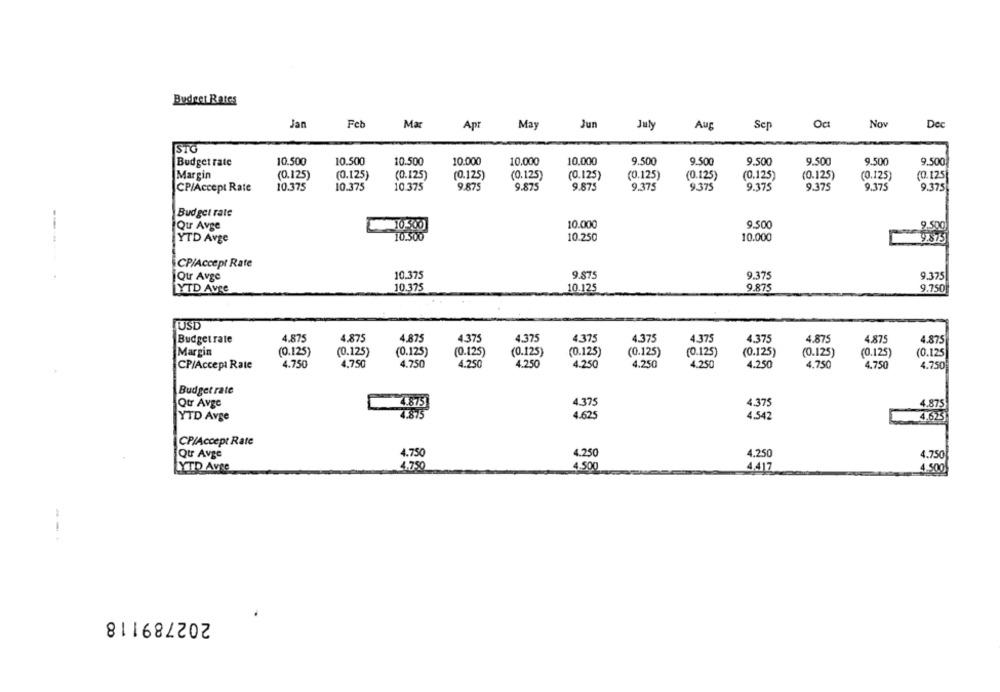
Budget Rates
Jan
Feb
Mar
May
Jun
July
NO
De
Apr
Aug
Sep
STO
Budget rate
10.500
10.500
10.500
10.000
10.000
10.000
9.500
9.500
9.500
9.500
9.500
9.500
Margin
(0.125)
(0.125)
(0.125)
(0.125)
(0.125)
(0.125)
(0.125)
(0.125)
(0.125)
(0.125)
(0.125)
(0.125]
10.375
10.375
10.375
9.875
9.875
9.875
9.375
9.375
9.375
9.375
CP/Accept Rate
9.375
9.375
Budget rate
Qu Avge
10 300
10.000
9.500
9.500
-----
YTD Avge
10.500
10.250
10.000
9.875
CP/Accept Rate
10.375
9.875
9.375
9.375
¡Qur Avge
YTD Avre
10.375
10.125
9.875
9.750
USD
Budget rate
4.875
4.875
4.875
4.375
4.375
4.375
4.375
4.375
4.375
4.875
4.875
4.875
Margin
(0.125)
(0.125)
(0.125)
(0.125)
(0.125)
(0.125)
(0.125)
(0.125)
(0.125)
(0.125)
(0.125)
(0.125
CP/Accept Rate
4.750
4,750
4.750
4.250
4.250
4.250
4.250
4.250
4.250
4.750
4.750
4.750
Budget rate
4.375
4.375
Qtr Avge
4.875
4.875
4.875
4.625
YTD Avge
4.542
4.623
CP/Accept Rate
Qur Avge
4.750
4.250
4.250
4.750
YTD Avec
4.750
4.500
4,417
4.500
---
202789118
.